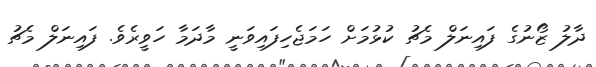
ދާލު ޒޯނުގެ ފައިނަލް މެޗު ކުޅުމަށް ހަމަޖެހިފައިވަނީ މާދަމާ ހަވީރެވެ. ފައިނަލް މެޗު